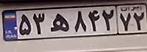
۵۳ه۸۴۲۷۲